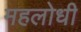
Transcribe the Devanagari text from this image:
महलोधी